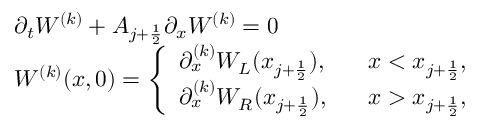
\begin{array} { l l } { \partial _ { t } W ^ { ( k ) } + A _ { j + \frac { 1 } { 2 } } \partial _ { x } W ^ { ( k ) } = 0 } \\ { W ^ { ( k ) } ( x , 0 ) = \left\{ \begin{array} { l l } { \partial _ { x } ^ { ( k ) } W _ { L } ( x _ { j + \frac { 1 } { 2 } } ) , } & { \; \; \; x < x _ { j + \frac { 1 } { 2 } } , } \\ { \partial _ { x } ^ { ( k ) } W _ { R } ( x _ { j + \frac { 1 } { 2 } } ) , } & { \; \; \; x > x _ { j + \frac { 1 } { 2 } } , } \end{array} \right. } \end{array}